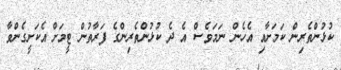
ކުޅުންތެރިން ކަމަށާއި އެހެން ނަމަވެސް އެ ދެ ކުޅުންތެރިންގެ ފަރާތުން ޓީމަށް އެކަށީގެންވާ